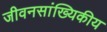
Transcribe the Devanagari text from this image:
जीवनसांख्यिकीय